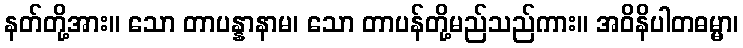
နတ်တို့အား။ သော တာပန္နာနာမ၊ သော တာပန်တို့မည်သည်ကား။ အဝိနိပါတဓမ္မာ၊